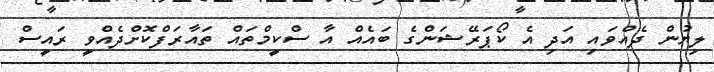
ލިޔުން ދެއްވައި އަދި އެ ކޯޕަރޭޝަންގެ ބައެއް އާ ސްކީމްތައް ތައާރަފްކޮށްދެއްވީ ރައީސް